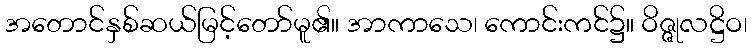
အတောင်နှစ်ဆယ်မြင့်တော်မူ၏။ အာကာသေ၊ ကောင်းကင်၌။ ဝိဇ္ဇုလဋ္ဌိဝ၊